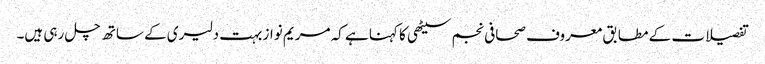
تفصیلات کے مطابق معروف صحافی نجم سیٹھی کا کہنا ہے کہ مریم نواز بہت دلیری کے ساتھ چل رہی ہیں۔